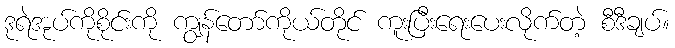
ဒုရဲအုပ်ကိုစိုင်းကို ကျွန်တော်ကိုယ်တိုင် ကူးပြီးရေးပေးလိုက်တဲ့ စီဒီချပ်။